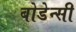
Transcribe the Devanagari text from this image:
बोडेन्सी